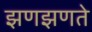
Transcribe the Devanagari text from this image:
झणझणते